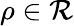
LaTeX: \rho\in\mathcal R